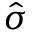
\hat { \sigma }